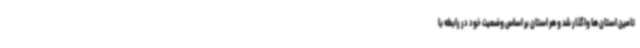
تامین استان ها واگذار شد و هر استان بر اساس وضعیت خود در رابطه با